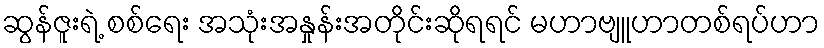
ဆွန်ဇူးရဲ့ စစ်ရေး အသုံးအနှုန်းအတိုင်းဆိုရရင် မဟာဗျူဟာတစ်ရပ်ဟာ